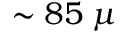
\sim 8 5 \; \mu